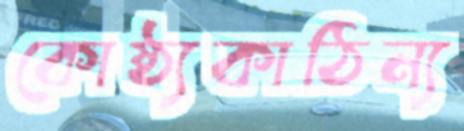
কোষ্ঠ্যকাঠিন্য